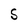
Character: S